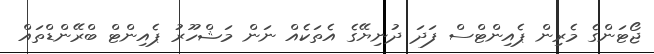
ޖޯޓަންގެ މެރިން ޕެއިންޓްސް ފަދަ ދުނިޔޭގެ އެތަކެއް ނަން މަޝްހޫރު ޕެއިންޓް ބްރޭންޑްތައް